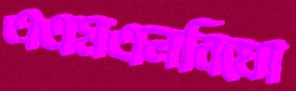
এএমএলবিঘো